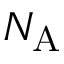
N _ { \mathrm { A } }